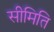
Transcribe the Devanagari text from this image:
सीमिति